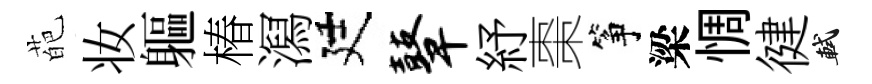
葩妆軀椿㵼廷鼙紓棗筝梁惆徤軾